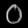
Digit: ၀